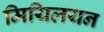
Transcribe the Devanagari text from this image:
मियिलयन